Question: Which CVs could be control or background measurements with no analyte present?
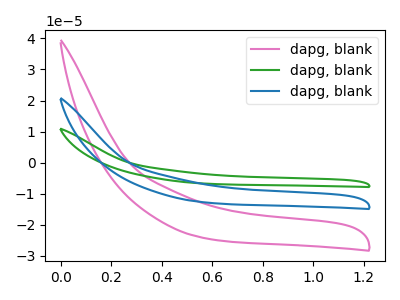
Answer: <think>The pink curve "dapg, blank1" has no peaks. The green curve "dapg, blank2" has no peaks. The blue curve "dapg, blank3" has no peaks.</think>
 <answer>"dapg, blank1", "dapg, blank2" and "dapg, blank3" are likely to be blanks.</answer>
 <eval>"dapg, blank1", "dapg, blank2", "dapg, blank3"</eval>